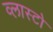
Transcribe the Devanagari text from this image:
व्लास्टो